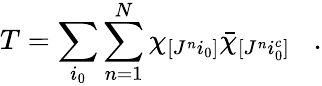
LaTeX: T=\sum_{i_{0}}\sum_{n=1}^{N}\chi_{[J^{n}i_{0}]}\bar{\chi}_{[J^{n}i_{0}^{c}]}\; \; \; .